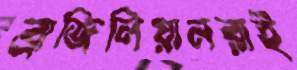
ব্রাজিলিয়ানরাই